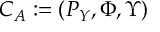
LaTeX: { { C } _ { \cal A } } : = ( P _ { Y } , \Phi , \Upsilon )